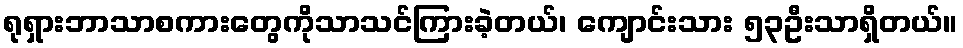
ရုရှားဘာသာစကားတွေကိုသာသင်ကြားခဲ့တယ်၊ ကျောင်းသား ၅၃ဦးသာရှိတယ်။